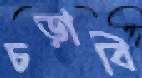
চড়াবি